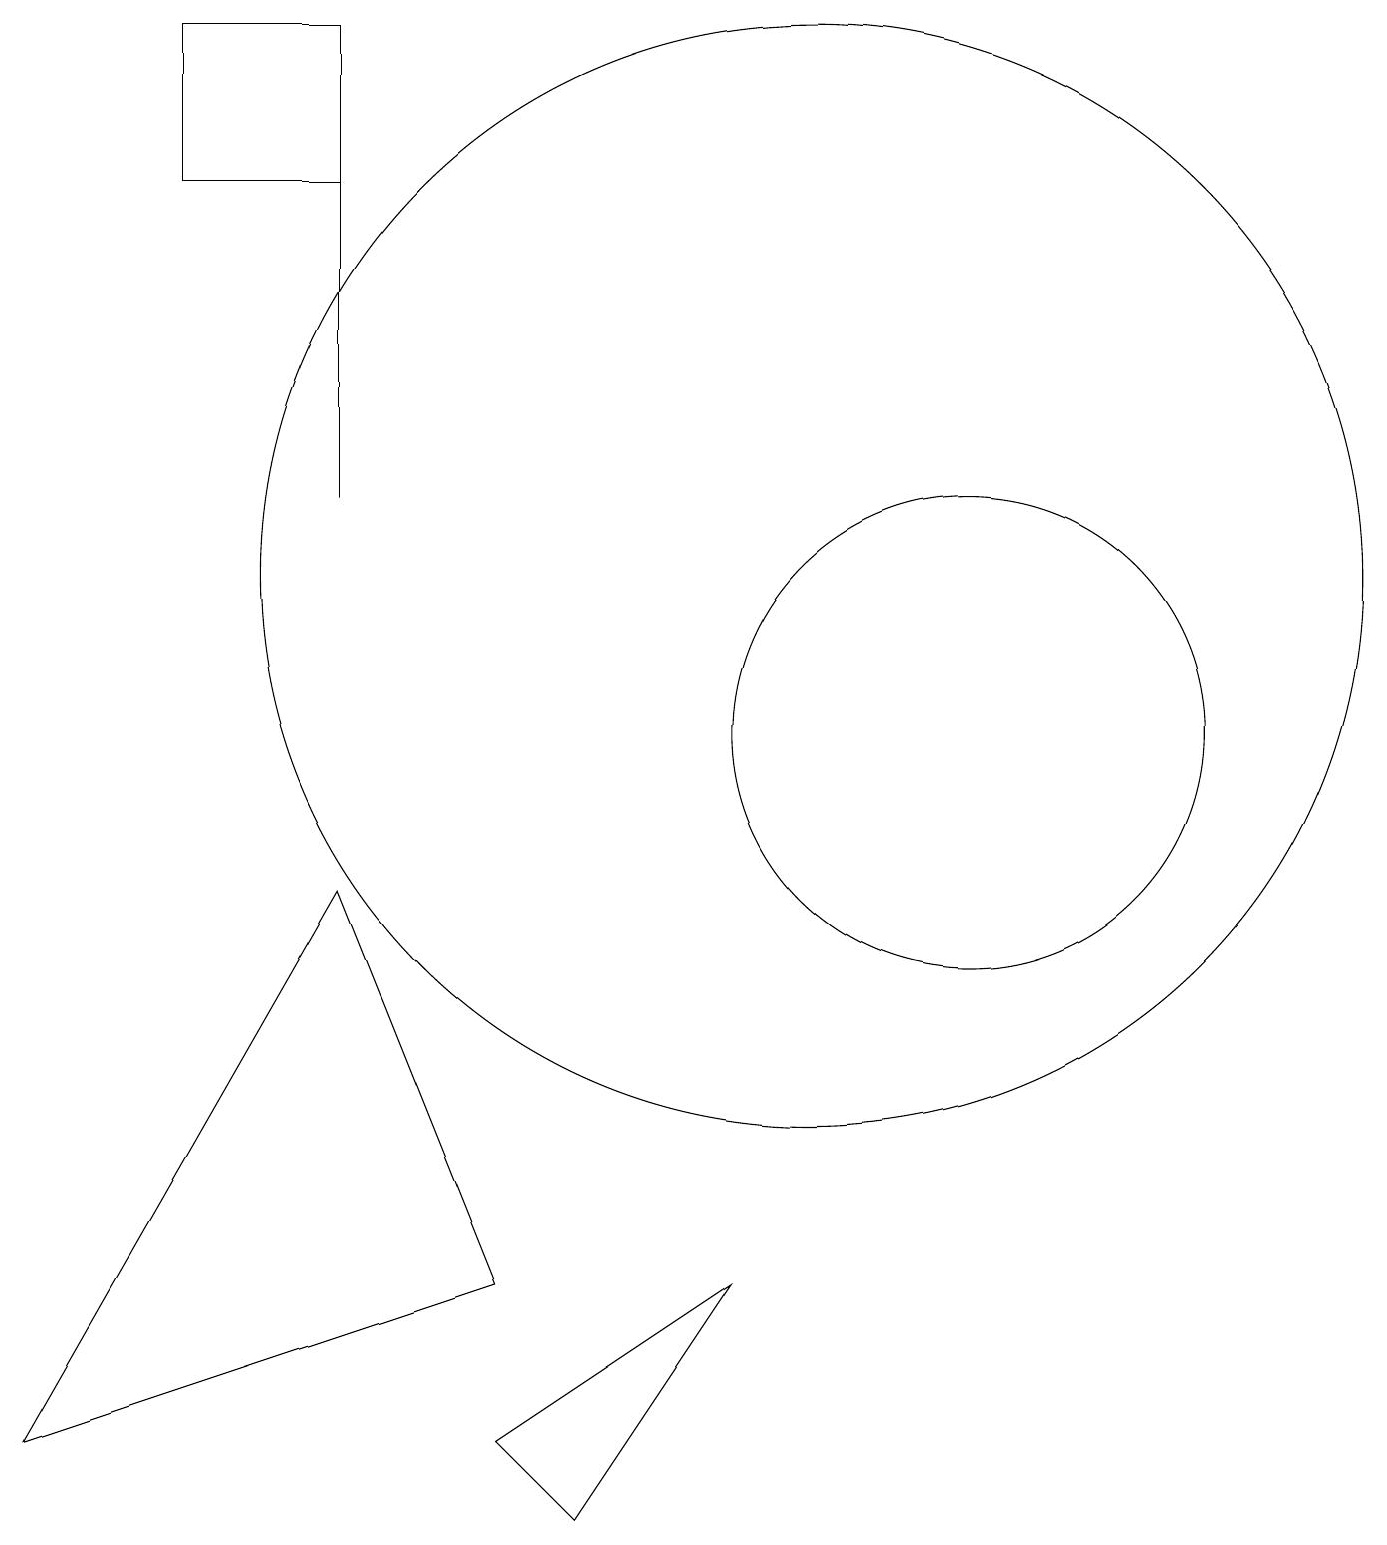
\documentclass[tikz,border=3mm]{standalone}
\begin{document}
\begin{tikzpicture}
\draw (12,10) circle (3);
\draw (4,19) rectangle (2,17);
\draw (10,12) circle (7);
\draw (7,0) -- (9,3) -- (6,1) -- cycle;
\draw (4,13) rectangle (4,17);
\draw (6,3) -- (0,1) -- (4,8) -- cycle;
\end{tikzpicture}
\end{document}